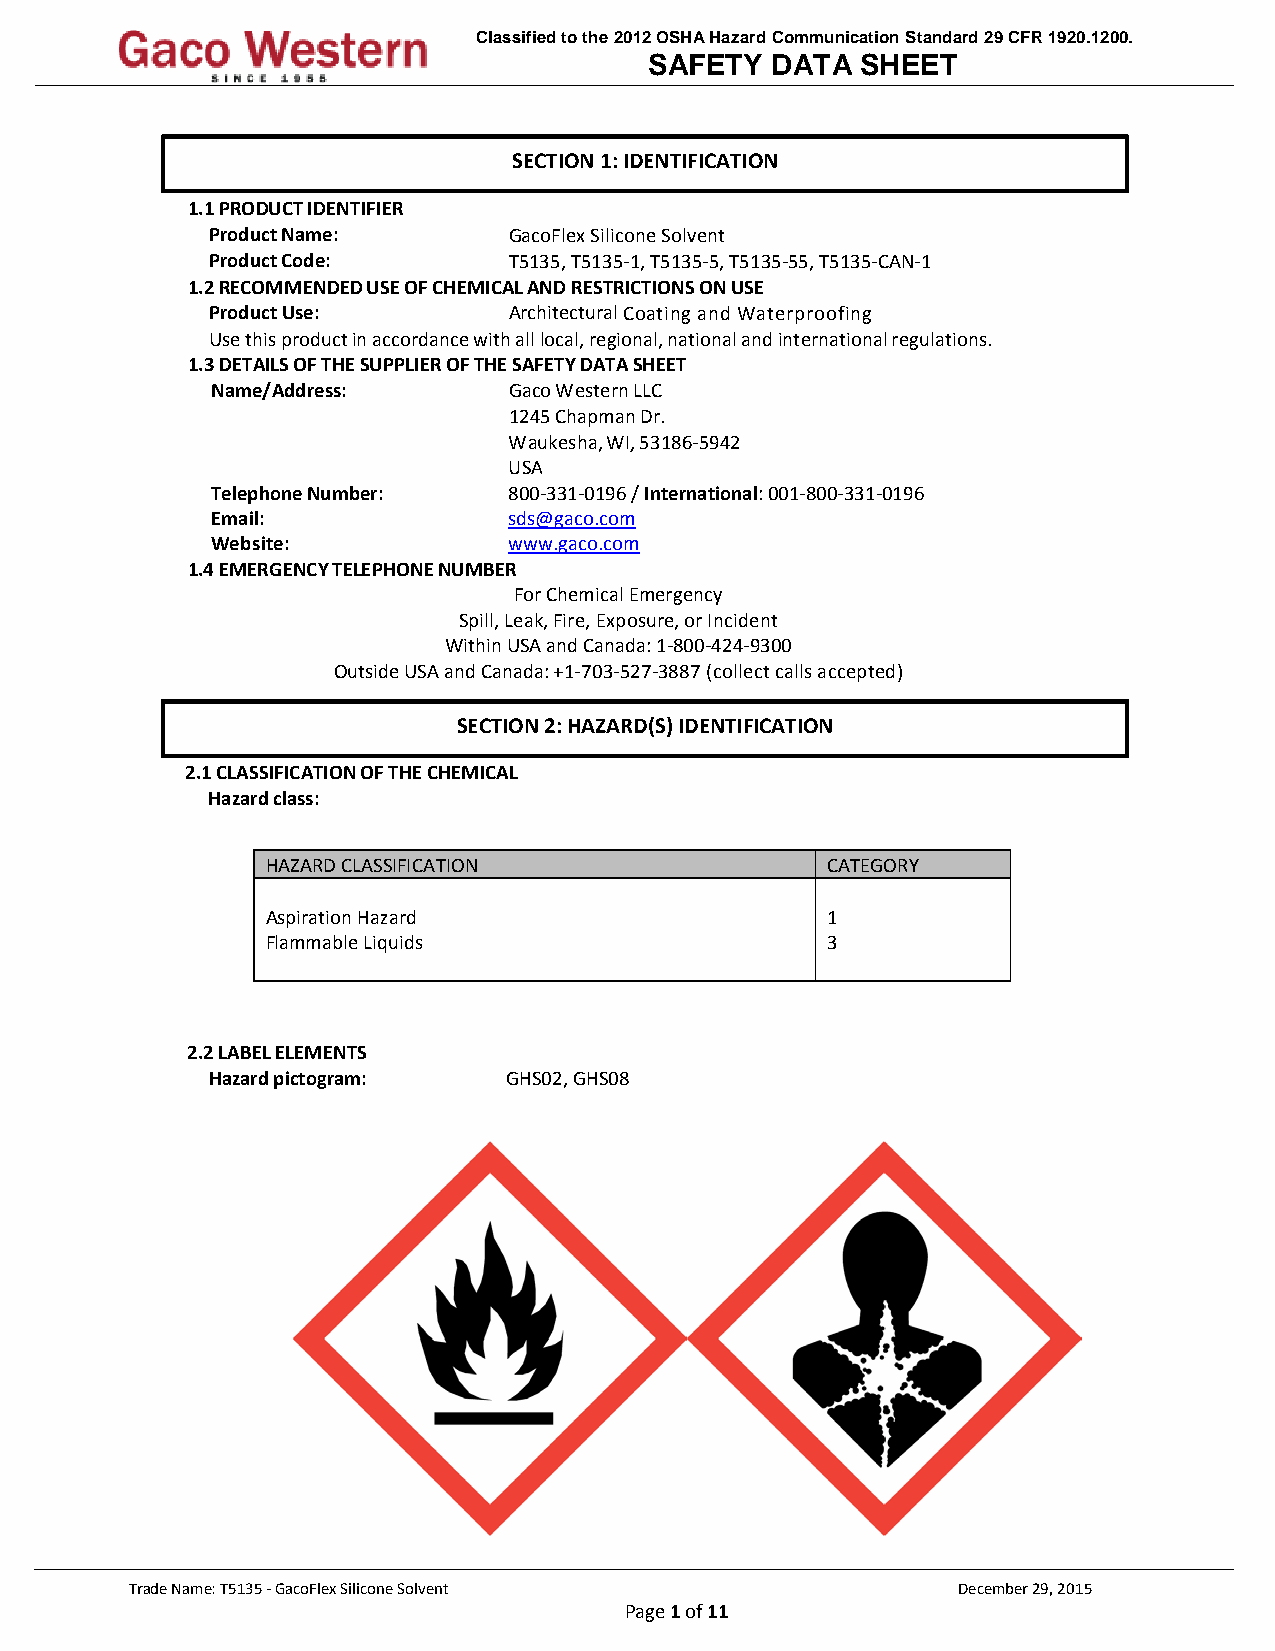
Classified to the 2012 OSHA Hazard Communication Standard 29 CFR 1920.1200.
 SAFETY  DATA  SHEET
 SECTION 1: IDENTIFICATION
 1.1 PRODUCT IDENTIFIER
 Product Name:       GacoFlex Silicone Solvent
 Product Code:       T5135, T5135-1, T5135-5, T5135-55, T5135-CAN-1
 1.2 RECOMMENDED USE OF CHEMICAL AND RESTRICTIONS ON USE
 Product Use:        Architectural Coating and Waterproofing
 Use this product in accordance with all local, regional, national and international regulations.
 1.3 DETAILS OF THE SUPPLIER OF THE SAFETY DATA SHEET
 Name/Address:       Gaco Western LLC
 1245 Chapman Dr.
 Waukesha, WI, 53186-5942
 USA
 Telephone Number:   800-331-0196 / International: 001-800-331-0196
 Email:              sds@gaco.com
 Website:            www.gaco.com
 1.4 EMERGENCY TELEPHONE NUMBER
 For Chemical Emergency
 Spill, Leak, Fire, Exposure, or Incident
 Within USA and Canada: 1-800-424-9300
 Outside USA and Canada: +1-703-527-3887 (collect calls accepted)
 SECTION 2: HAZARD(S) IDENTIFICATION
 2.1 CLASSIFICATION OF THE CHEMICAL
 Hazard class:
 HAZARD CLASSIFICATION                CATEGORY
 Aspiration Hazard                    1
 Flammable Liquids                    3
 2.2 LABEL ELEMENTS
 Hazard pictogram:   GHS02, GHS08
 Trade Name: T5135 - GacoFlex Silicone Solvent         December 29, 2015
 Page 1 of 11